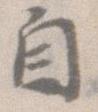
自